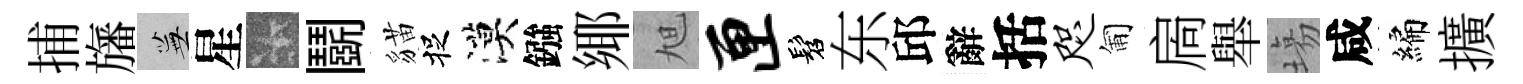
捕旛蕪星卡鬬貓捉漠鏹鄊旭匣髫东邱辭括咫匍扄舉塲咸編擴